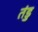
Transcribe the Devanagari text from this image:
तंडु